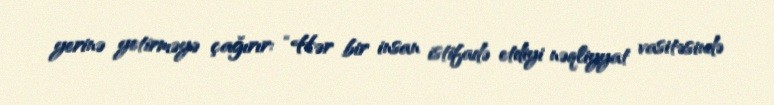
yerinə yetirməyə çağırır: “Hər bir insan istifadə etdiyi nəqliyyat vasitəsində